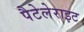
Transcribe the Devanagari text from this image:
पैटेलेराइट